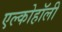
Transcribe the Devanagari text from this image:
एल्कोहॉली